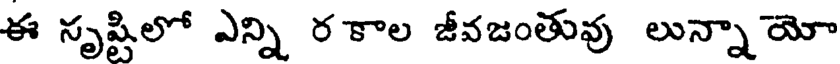
ఈ సృష్టిలో ఎన్ని ర కాల జీవజంతువు లున్నా యో